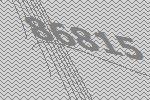
86815